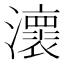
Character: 瀤